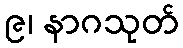
၉၊ နာဂသုတ်